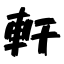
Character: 軒